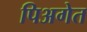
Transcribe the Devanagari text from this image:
पिअगेत